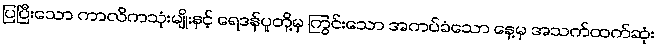
ပြပြီးသော ကာလိကသုံးမျိုးနှင့် ရေဒန်ပူတို့မှ ကြွင်းသော အကပ်ခံသော နေ့မှ အသက်ထက်ဆုံး